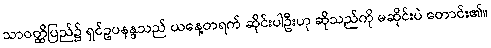
သာဝတ္ထိပြည်၌ ရှင်ဥပနန္ဒသည် ယနေ့တရက် ဆိုင်းပါဦးဟု ဆိုသည်ကို မဆိုင်းပဲ တောင်း၏။